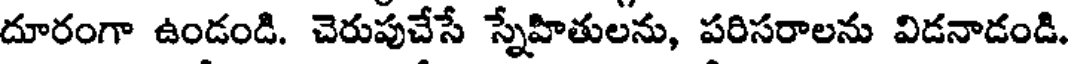
దూరంగా ఉండండి. చెరుపుచేసే స్నేహితులను, పరిసరాలను విడనాడండి